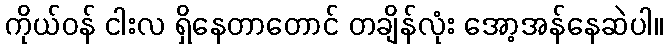
ကိုယ်ဝန် ငါးလ ရှိနေတာတောင် တချိန်လုံး အော့အန်နေဆဲပါ။